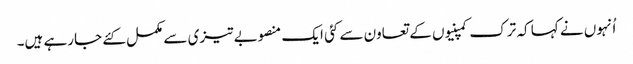
اُنہوں نے کہا کہ ترک کمپنیوں کے تعاون سے کئی ایک منصوبے تیزی سے مکمل کئے جارہے ہیں۔